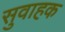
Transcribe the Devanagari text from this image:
सुवाहक